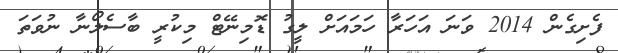
ފެށިގެން 2014 ވަނަ އަހަރާ ހަމައަށް ލީގު ޑޮމިނޭޓް މިކުރީ ބާސެލޯނާ ނުވަތަ